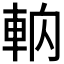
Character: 𰹎